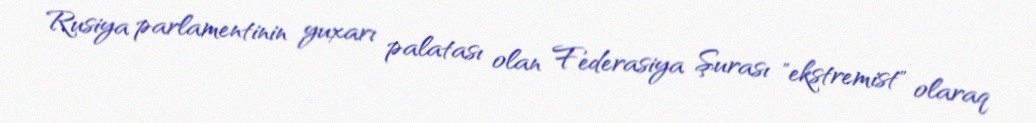
Rusiya parlamentinin yuxarı palatası olan Federasiya Şurası "ekstremist" olaraq